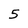
Character: 5